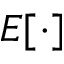
E [ \cdot ]